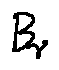
B \gamma